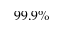
9 9 . 9 \%